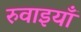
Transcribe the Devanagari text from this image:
रुवाइयाँ